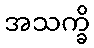
အသက္ခိ